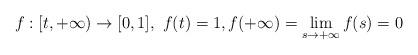
LaTeX: \begin{align*} f:[t,+\infty)\rightarrow [0,1], \ f(t)=1,f(+\infty)=\lim\limits_{s\rightarrow+\infty}f(s)=0\end{align*}